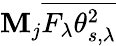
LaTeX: \mathbf{M}_{j}\overline{{{F_{\lambda}\theta_{s,\lambda}^{2}}}}